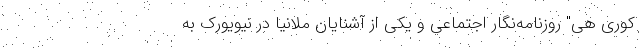
کوری هی" روزنامه‌نگار اجتماعی و یکی از آشنایان ملانیا در نیویورک به